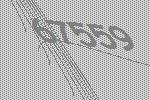
67559